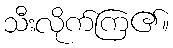
သီးလိုက်ကြ၏။